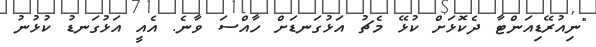
"ނިއުރޭޑިއަންޓާ ދެކޮޅަށް ކުޅޭ މެޗު އަޅުގަނޑަށް ހާއްސަ ވާނެ. އެއީ އަޅުގަނޑު ކުޅުނު